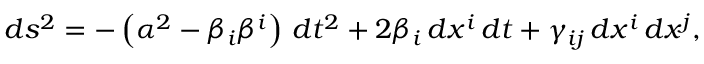
d s ^ { 2 } = - \left( \alpha ^ { 2 } - \beta _ { i } \beta ^ { i } \right) \, d t ^ { 2 } + 2 \beta _ { i } \, d x ^ { i } \, d t + \gamma _ { i j } \, d x ^ { i } \, d x ^ { j } ,